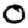
Digit: 0